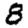
Digit: 8